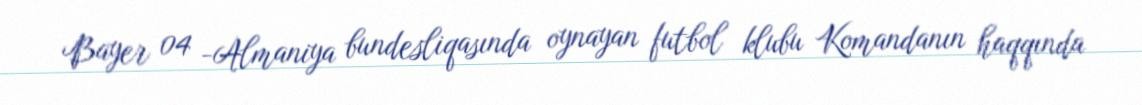
Bayer 04 -Almaniya bundesliqasında oynayan futbol klubu Komandanın haqqında